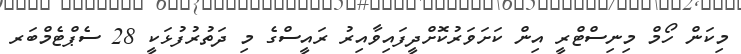
މިކަން ހޯމް މިނިސްޓްރީ އިން ކަށަވަރުކޮށްދީފައިވާއިރު ރައީސްގެ މި ދަތުރުފުޅަކީ 28 ސެޕްޓެމްބަރ